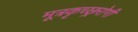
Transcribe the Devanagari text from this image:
मूत्रकृच्छ्ररोगी